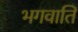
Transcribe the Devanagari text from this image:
भगवाति